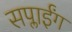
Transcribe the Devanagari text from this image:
सप्लाईंग